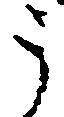
う